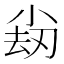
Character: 𡮊